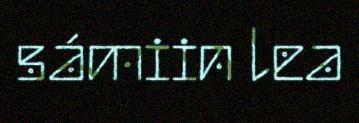
sámiin lea